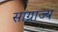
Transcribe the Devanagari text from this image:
साग्राज्‍य